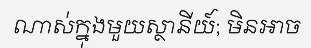
ណាស់ក្នុងមួយស្ថានីយ៍; មិនអាច